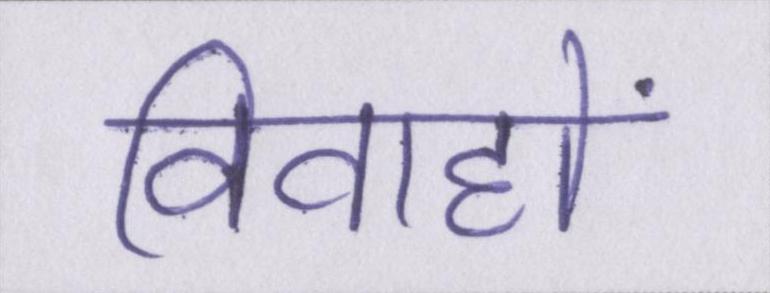
विवाहों